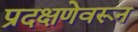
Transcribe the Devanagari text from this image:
प्रदक्षणेवरून